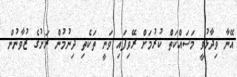
އޭނާ ވިދާޅުވީ މަސައްކަތް ކުރުމަށް ރޭވިފައި ވަނީ ތަކެތި ދިނުމުން ރަށުގެ ޒުވާނުން